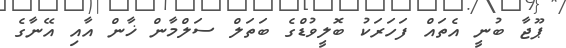
ޕޫޖާ ބުނީ އެތައް ފަހަރަކު ބޮލީވުޑްގެ ބަތަލް ސަލްމާން ޚާން އާއި އޭނާގެ